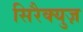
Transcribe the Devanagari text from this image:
सिरैक्युज़